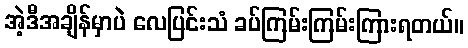
အဲ့ဒီအချိန်မှာပဲ လေပြင်းသံ ခပ်ကြမ်းကြမ်းကြားရတယ်။